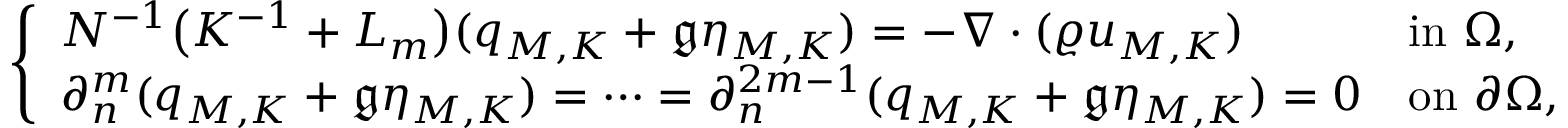
\left\{ \begin{array} { l l } { N ^ { - 1 } \big ( K ^ { - 1 } + L _ { m } \big ) ( q _ { M , K } + \mathfrak { g } \eta _ { M , K } ) = - \nabla \cdot ( \varrho u _ { M , K } ) } & { \mathrm { i n ~ } \Omega , } \\ { \partial _ { n } ^ { m } ( q _ { M , K } + \mathfrak { g } \eta _ { M , K } ) = \cdots = \partial _ { n } ^ { 2 m - 1 } ( q _ { M , K } + \mathfrak { g } \eta _ { M , K } ) = 0 } & { \mathrm { o n ~ } \partial \Omega , } \end{array} \right.